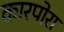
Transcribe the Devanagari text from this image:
कारपोरा